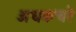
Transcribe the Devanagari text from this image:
अधकचरे